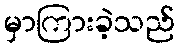
မှာကြားခဲ့သည်